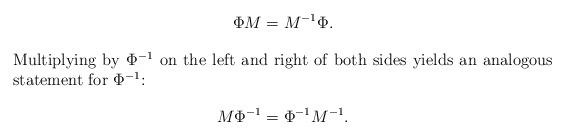
LaTeX: \begin{align*} \Phi M &= M^{-1}\Phi.\\ \intertext{Multiplying by $\Phi^{-1}$ on the left and right of both sides yields an analogous statement for $\Phi^{-1}$:} M\Phi^{-1}&=\Phi^{-1}M^{-1}. \end{align*}